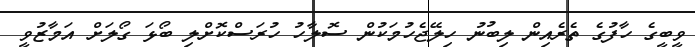
ވީބީގެ ހާފުގެ ތެރެއިން ލިބުނު ހިލޭޖެހުމަކުން ސޮލާހު ހުރަސްކޮށްލި ބޯޅަ ގޯލަށް އަމާޒުވީ